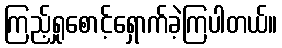
ကြည့်ရှုစောင့်ရှောက်ခဲ့ကြပါတယ်။